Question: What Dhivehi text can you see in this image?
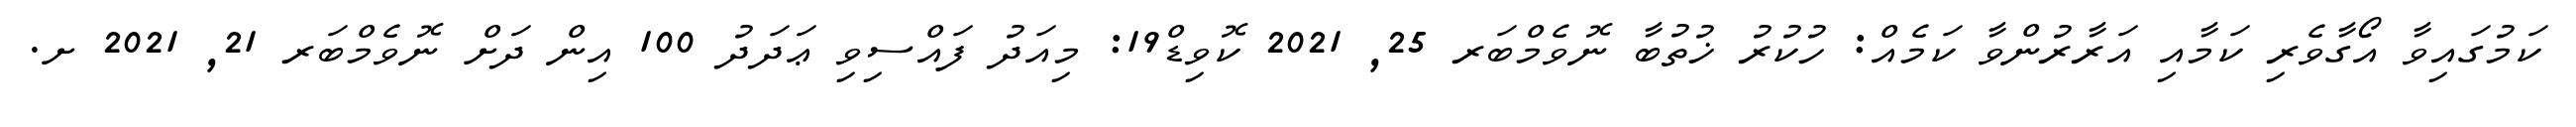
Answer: ކަމުގައިވާ އޯގާވެރި ކަމާއި އަރާރުންވާ ކަމެއް: ހުކުރު ޚުތުބާ ނޮވެމްބަރ 25, 2021 ކޮވިޑް19: މިއަދު ފައްސިވި ޢަދަދު 100 އިން ދަށް ނޮވެމްބަރ 21, 2021 ށ.